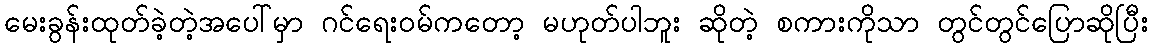
မေးခွန်းထုတ်ခဲ့တဲ့အပေါ်မှာ ဂင်ရေးဝမ်ကတော့ မဟုတ်ပါဘူး ဆိုတဲ့ စကားကိုသာ တွင်တွင်ပြောဆိုပြီး